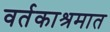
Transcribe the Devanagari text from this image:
वर्तकाश्रमात